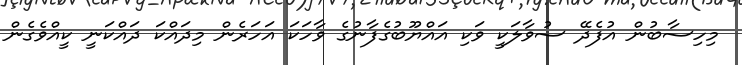
މިހިސާބުން އުފެދޭ ސުވާލަކީ ވަކި އައްޔޫބުގެފާނުގެ ވާހަކަ އަހަރެން މިދައްކަ ދައްކަނީ ކީއްވެގެން